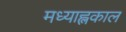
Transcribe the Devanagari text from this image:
मध्याह्लकाल